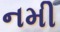
નમી